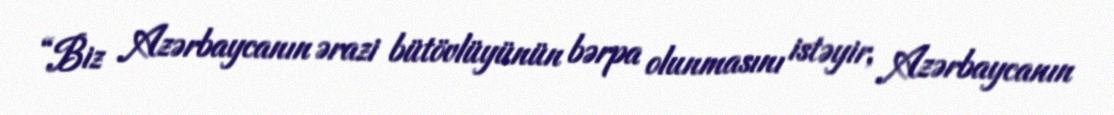
“Biz Azərbaycanın ərazi bütövlüyünün bərpa olunmasını istəyir, Azərbaycanın